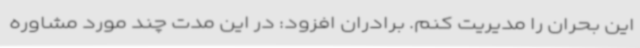
این بحران را مدیریت کنم. برادران افزود: در این مدت چند مورد مشاوره‌